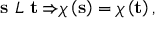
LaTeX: { \bf s \ } { \cal L \ } { \bf t \Rightarrow } \chi \left( { \bf s } \right) = \chi \left( { \bf t } \right) ,